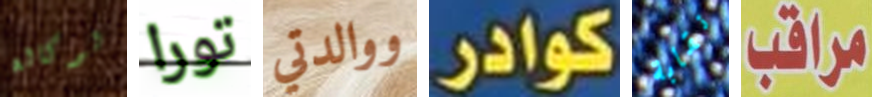
لوكالة تورا ووالدتي كوادر نقابة مراقب